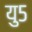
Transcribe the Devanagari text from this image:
यु५